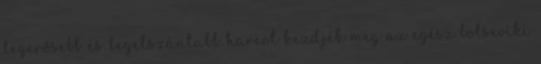
legerősebb és legelszántabb harcot kezdjék meg az egész bolseviki